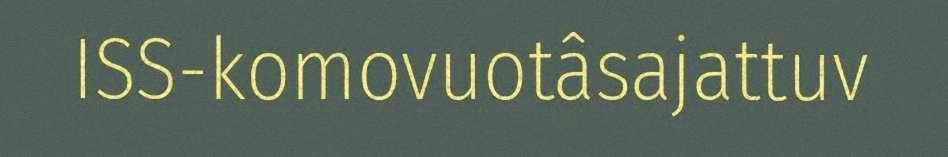
ISS-komovuotâsajattuv